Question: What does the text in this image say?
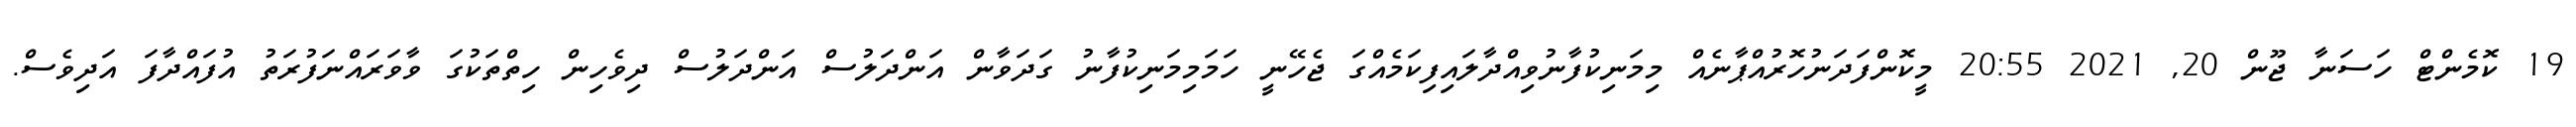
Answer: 19 ކޮމެންޓް ހަސަނާ ޖޫން 20, 2021 20:55 މީކޮންފަދަނުހޮރުއްޕާނެއް މިމަނިކުފާނުވިއްދާލައިފިކަމެއްގަ ޖެހޭނީ ހަމަމިމަނިކުފާނު ގަދަވާން އަންދަލުސް އަންދަލުސް ދިވެހިން ހިތްތަކުގަ ވާވަރައްނަފުރަތު އުފައްދާފަ އަދިވެސް.